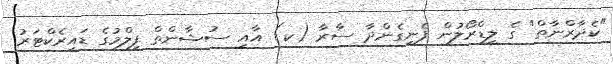
"ކެދާރްނާތް" ގެ ލީޑްރޯލުން ފެނިގެންދާ ސާރާ (ކ) އާއި ސުޝާންތް ފިލްމުގެ ޑައިރެކްޓަރު